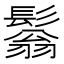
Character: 𩮬